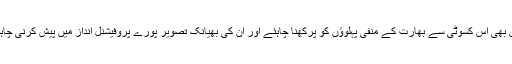
ہمیں بھی اس کسوٹی سے بھارت کے منفی پہلوﺅں کو پرکھنا چاہئے اور ان کی بھیانک تصویر پورے پروفیشنل انداز میں پیش کرنی چاہئے۔